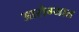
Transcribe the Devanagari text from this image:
आरोग्यात